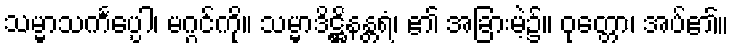
သမ္မာသင်္ကပ္ပေါ၊ မဂ္ဂင်ကို။ သမ္မာဒိဋ္ဌိနန္တရံ၊ ၏ အခြားမဲ့၌။ ဝုတ္တော၊ အပ်၏။